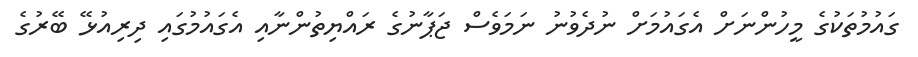
ގައުމުތަކުގެ މީހުންނަށް އެގައުމަށް ނުދެވުނު ނަމަވެސް ޖަޕާނުގެ ރައްޔިތުންނާއި އެގައުމުގައި ދިރިއުޅޭ ބޭރުގެ